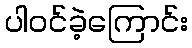
ပါဝင်ခဲ့ကြောင်း